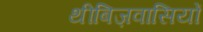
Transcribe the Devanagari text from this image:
थीबिज़वासियों